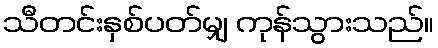
သီတင်းနှစ်ပတ်မျှ ကုန်သွားသည်။